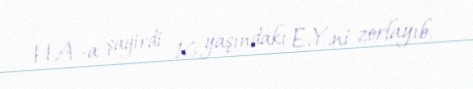
H.A.-a şagirdi 16 yaşındakı E.Y.ni zorlayıb.